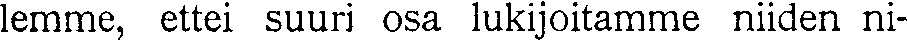
lemme, ettei suuri osa lukijoitamme niiden ni-